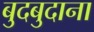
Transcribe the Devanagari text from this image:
बुदबुदाना